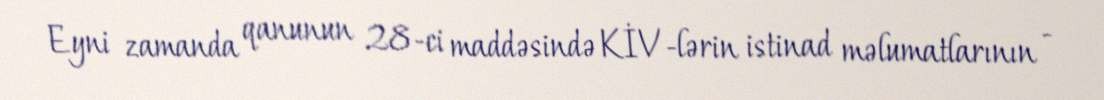
Eyni zamanda qanunun 28-ci maddəsində KİV-lərin istinad məlumatlarının -